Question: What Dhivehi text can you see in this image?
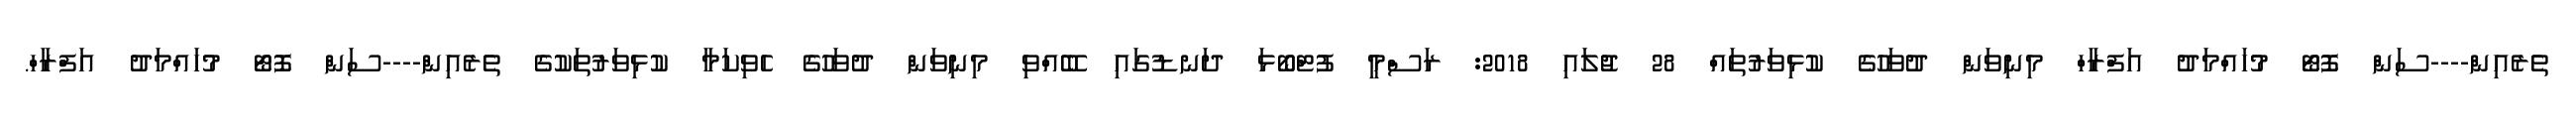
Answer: ތެރެއިން----ސަން ފޮޓޯ މުހައްމަދު އަފްރާހް މިނިވަން ދުވަހުގެ ކުޅިވަރުތައް 28 ޖުލައި 2018: ރަސްމީ ފުޓްބޯޅަ ދަނޑުގައި ބޭއްވި މިނިވަން ދުވަހުގެ ހެވިކަމާ ކުޅިވަރުތަކުގެ ތެރެއިން----ސަން ފޮޓޯ މުހައްމަދު އަފްރާހް.